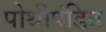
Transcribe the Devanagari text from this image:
पोथीपंडित